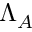
\Lambda _ { A }